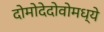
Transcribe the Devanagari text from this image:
दोमोदेदोवोमध्ये